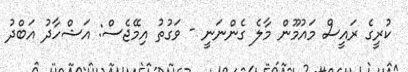
ކުރީގެ ރައީސް މައުމޫން މާލެ ގެންނަނީ - ވަގުތު އިމޭޖެސް: އަޝްހާދު އަބްދު